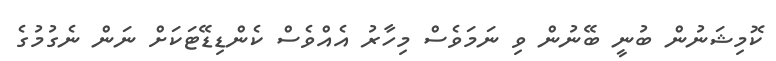
ކޮމިޝަނުން ބުނީ ބޭނުން ވި ނަމަވެސް މިހާރު އެއްވެސް ކެންޑިޑޭޓަކަށް ނަން ނެގުމުގެ